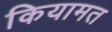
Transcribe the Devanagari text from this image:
कियामत